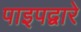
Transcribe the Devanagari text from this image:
पाइपद्वारे